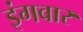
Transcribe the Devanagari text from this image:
इंगवार